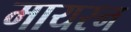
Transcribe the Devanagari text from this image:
मायरन